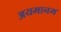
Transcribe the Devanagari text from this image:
अयमानम